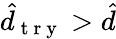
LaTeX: \hat{d}_{\mathrm{~t~r~y~}}>\hat{d}